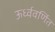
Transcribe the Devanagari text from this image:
ऊर्ध्ववर्णित